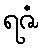
ရဇံ